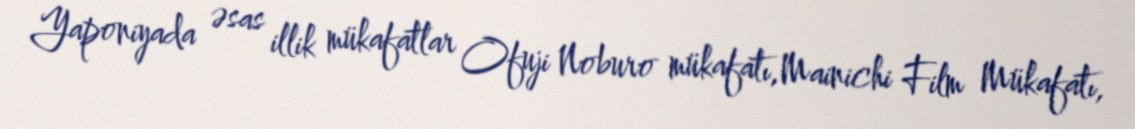
Yaponiyada əsas illik mükafatlar Ofuji Noburo mükafatı,Mainichi Film Mükafatı,